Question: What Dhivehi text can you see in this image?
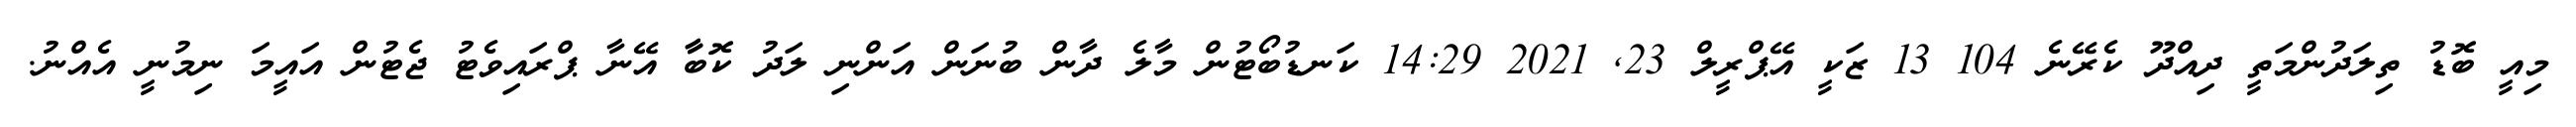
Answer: މިއީ ބޮޑު ތިލަދުންމަތީ ދިއްދޫ ކެރޭނެ 104 13 ޒަކީ އޭޕްރީލް 23, 2021 14:29 ކަނޑުބޯޓުން މާލެ ދާން ބުނަން އަންނި ލަދު ކޮބާާ އޭނާ ޕްރައިވެޓު ޖެޓުން އައީމަ ނިމުނީ އެއްނު.